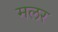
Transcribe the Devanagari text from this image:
मलर